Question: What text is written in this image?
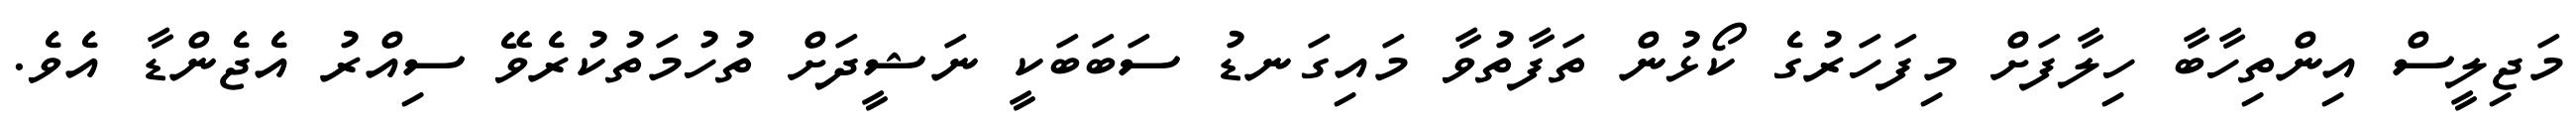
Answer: މަޖިލީސް އިންތިހާބާ ހިލާފަށް މިފަހަރުގެ ކޯޅުން ތަފާތުވާ މައިގަނޑު ސަބަބަކީ ނަޝީދަށް ތުހުމަތުކުރެވޭ ސިއްރު އެޖެންޑާ އެވެ.